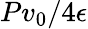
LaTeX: Pv_{0}/4\epsilon